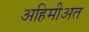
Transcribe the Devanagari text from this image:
अहिमीअत